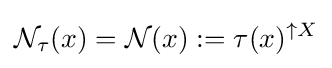
{\mathcal {N}}_{\tau }(x)={\mathcal {N}}(x):=\tau (x)^{\uparrow X}